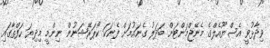
ވިދާޅުވީ އެސްޔޫއެލްގެ މެނޭޖްމަންޓަށް ބަދަލު ގެނައުމަށް ފެނަކަ ކޯޕަރޭޝަނުން ނިންމީ މިދިޔަ ހަފްތާގައި